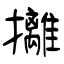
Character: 攡